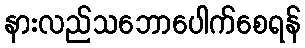
နားလည်သဘောပေါက်စေရန်